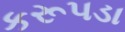
કરૂપડા